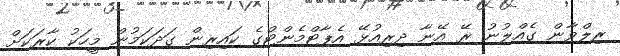
ރިލްވާން ގެއްލުނު ރޭ އޭނާ ދިރިއުޅޭ އެޕާޓްމެންޓްގެ ކައިރިން ގަދަކަމުން މީހަކު ކާރަކަށް